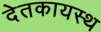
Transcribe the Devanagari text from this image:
देतकायस्थ